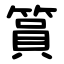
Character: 篔